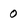
Character: 0